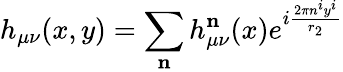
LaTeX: h_{\mu\nu}(x,y)=\sum_{{\textbf{n}}}h_{\mu\nu}^{{\textbf{n}}}(x)e^{i\frac{2\pi n^{i}y^{i}}{r_{2}}}